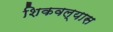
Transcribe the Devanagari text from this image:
शिकवल्यास